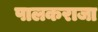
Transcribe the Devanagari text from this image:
पालकराजा